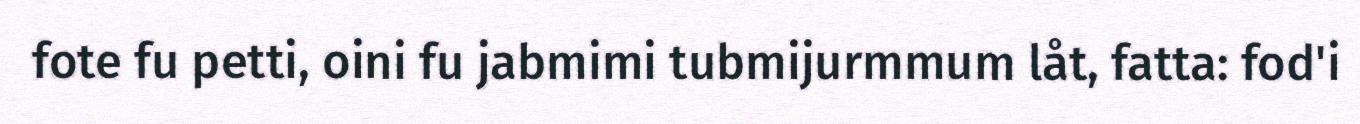
fote fu petti, oini fu jabmimi tubmijurmmum låt, fatta: fod'i